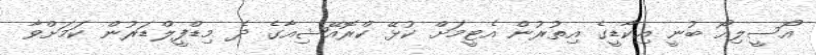
އޯސީލިއޯ ބުނީ އިކާޑީގެ އިތުުރުން އެޓީމަށް ކުޅޭ ކްރޮއޭޝިއާގެ ދެ މިޑްފީލްޑަރުން ކަމަށްވާ